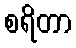
စရိတာ